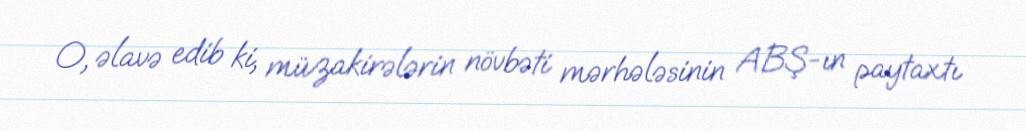
O, əlavə edib ki, müzakirələrin növbəti mərhələsinin ABŞ-ın paytaxtı